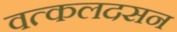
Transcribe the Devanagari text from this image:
वत्कलदसन